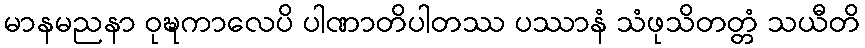
မာနမညနာ ဝုဍ္ဎကာလေပိ ပါဏာတိပါတဿ ပဿာနံ သံဖုသိတတ္တံ သယီတိ